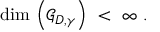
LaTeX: \mathrm { d i m } \, \left( { \mathcal G } _ { D , \gamma } \right) \ < \ \infty \ .